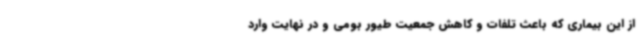
از این بیماری که باعث تلفات و کاهش جمعیت طیور بومی و در نهایت وارد